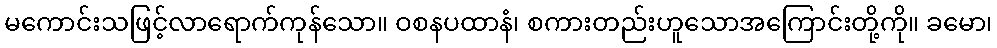
မကောင်းသဖြင့်လာရောက်ကုန်သော။ ဝစနပထာနံ၊ စကားတည်းဟူသောအကြောင်းတို့ကို။ ခမော၊